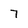
Character: 7